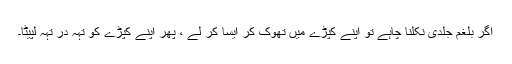
اگر بلغم جلدی نکلنا چاہے تو اپنے کپڑے میں تھوک کر ایسا کر لے ، پھر اپنے کپڑے کو تہہ در تہہ لپیٹا۔